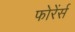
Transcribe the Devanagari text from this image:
फोरेंर्स